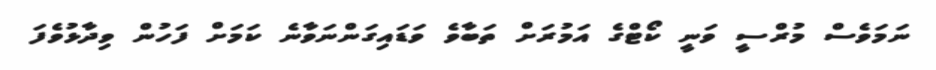
ނަމަވެސް މުރްސީ ވަނީ ކޯޓްގެ އަމުރަށް ތަބާވެ ވަޑައިގަންނަވާނެ ކަމަށް ފަހުން ވިދާޅުވެފަ